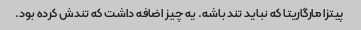
پیتزا مارگاریتا که نباید تند باشه. یه چیز اضافه داشت که تندش کرده بود.